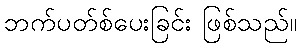
ဘက်ပတ်စ်ပေးခြင်း ဖြစ်သည်။